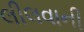
લીલવાની